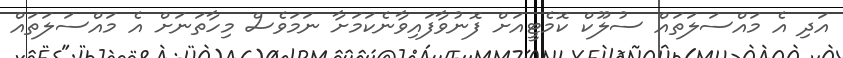
އަދި އެ މައްސަލަތައް ސުލޫކް ކޮމެޓީއަށް ފޮނުވާފައިވާނެކަމަށާ ނަމަވެސް މިހާތަނަށް އެ މައްސަލަތައް